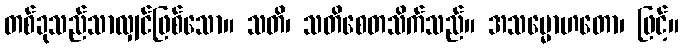
တစ်ခုသည်သာလျှင်ဖြစ်သော။ သတိ၊ သတိစေတသိက်သည်။ အသမ္မောဟတော၊ ဖြင့်။